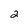
Character: 2